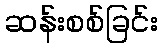
ဆန်းစစ်ခြင်း